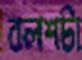
বলশটা